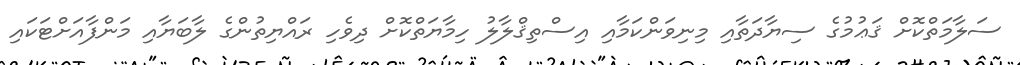
ސަލާމަތްކޮށް ޤަޢުމުގެ ސިޔާދަތާއި މިނިވަންކަމާއި އިސްތިޤްލާލު ހިމާޔަތްކޮށް ދިވެހި ރައްޔިތުންގެ ލާބަޔާއި މަންފާއަށްޓަކައި